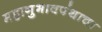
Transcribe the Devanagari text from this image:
महानुभावपंथाचा